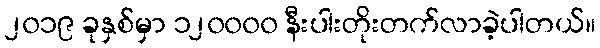
၂၀၁၉ ခုနှစ်မှာ ၁၂၀၀၀၀ နီးပါးတိုးတက်လာခဲ့ပါတယ်။